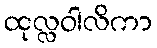
ထုလ္လဝါလိကာ